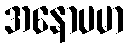
အနောပမာ